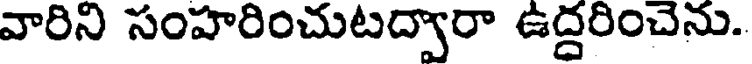
వారిని సంహరించుటద్వారా ఉద్దరించెను.